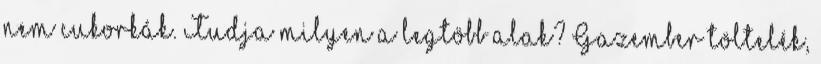
nem cukorkák. Tudja milyen a legtöbb alak? Gazember töltelék,